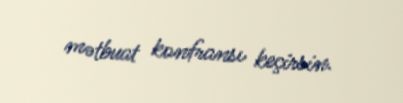
mətbuat konfransı keçirsin.